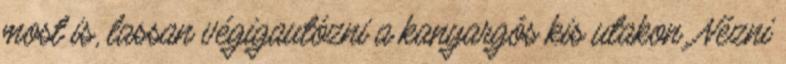
most is, lassan végigautózni a kanyargós kis utakon. Nézni